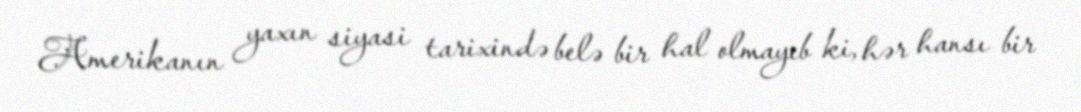
Amerikanın yaxın siyasi tarixində belə bir hal olmayıb ki, hər hansı bir